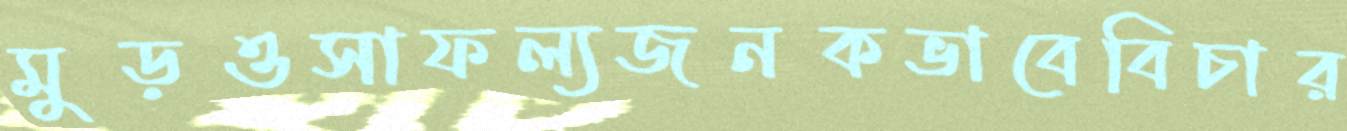
মুড়ওসাফল্যজনকভাবেবিচার